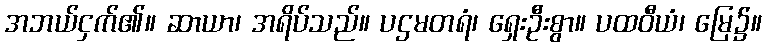
အဘယ်ငှက်၏။ ဆာယာ၊ အရိပ်သည်။ ပဌမတရံ၊ ရှေးဦးစွာ။ ပထဝီယံ၊ မြေ၌။